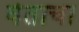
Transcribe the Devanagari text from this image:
वेताचा